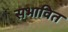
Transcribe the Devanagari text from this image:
सभावित